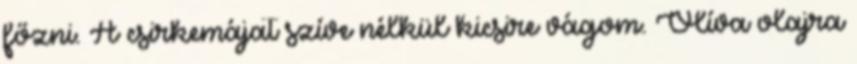
főzni. A csirkemájat szíve nélkül kicsire vágom. Olíva olajra